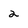
Character: 2